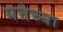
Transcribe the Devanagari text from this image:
मत्तेच्या